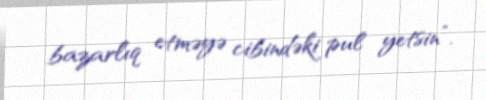
bazarlıq etməyə cibindəki pul yetsin”.